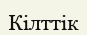
Кілттік